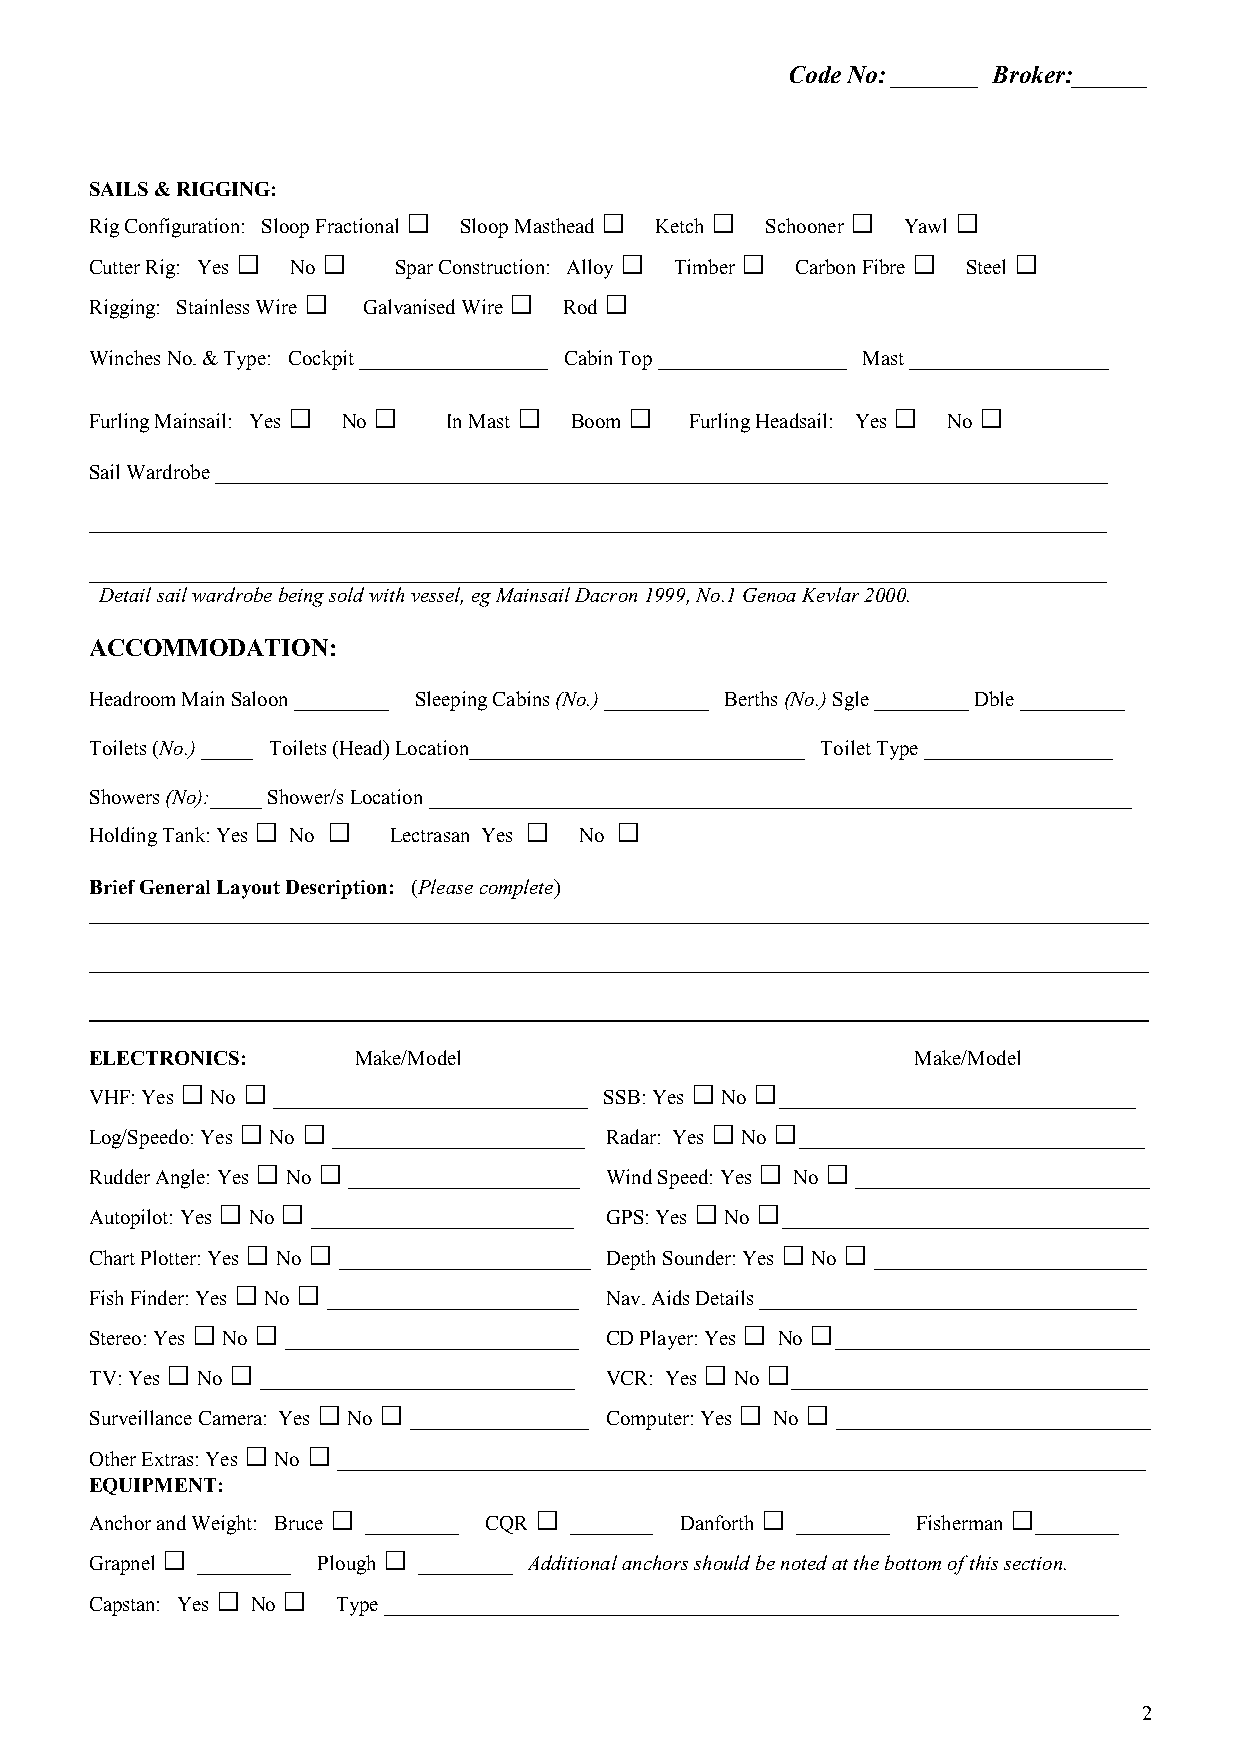
Code No: _______ Broker:______
 SAILS & RIGGING:
 Rig Configuration: Sloop Fractional □ Sloop Masthead □ Ketch □ Schooner □ Yawl □
 Cutter Rig: Yes □ No □ Spar Construction: Alloy □ Timber □ Carbon Fibre □ Steel □
 Rigging: Stainless Wire □ Galvanised Wire □ Rod □
 Winches No. & Type: Cockpit __________________ Cabin Top __________________ Mast ___________________
 Furling Mainsail: Yes □ No □ In Mast □ Boom □ Furling Headsail: Yes □ No □
 Sail Wardrobe _____________________________________________________________________________________
 _________________________________________________________________________________________________
 _________________________________________________________________________________________________
 Detail sail wardrobe being sold with vessel, eg Mainsail Dacron 1999, No.1 Genoa Kevlar 2000.
 ACCOMMODATION:
 Headroom Main Saloon _________ Sleeping Cabins (No.) __________ Berths (No.) Sgle _________ Dble __________
 Toilets (No.) _____ Toilets (Head) Location________________________________ Toilet Type __________________
 Showers (No):_____ Shower/s Location ___________________________________________________________________
 Holding Tank: Yes □ No □ Lectrasan Yes □ No □
 Brief General Layout Description: (Please complete)
 _____________________________________________________________________________________________________
 _____________________________________________________________________________________________________
 _____________________________________________________________________________________________________
 ELECTRONICS:     Make/Model                            Make/Model
 VHF: Yes □ No □ ______________________________ SSB: Yes □ No □__________________________________
 Log/Speedo: Yes □ No □ ________________________ Radar: Yes □ No □_________________________________
 Rudder Angle: Yes □ No □ ______________________ Wind Speed: Yes □ No □ ____________________________
 Autopilot: Yes □ No □ _________________________ GPS: Yes □ No □___________________________________
 Chart Plotter: Yes □ No □ ________________________ Depth Sounder: Yes □ No □ __________________________
 Fish Finder: Yes □ No □ ________________________ Nav. Aids Details ____________________________________
 Stereo: Yes □ No □ ____________________________ CD Player: Yes □ No □______________________________
 TV: Yes □ No □ ______________________________ VCR: Yes □ No □__________________________________
 Surveillance Camera: Yes □ No □ _________________ Computer: Yes □ No □ ______________________________
 Other Extras: Yes □ No □ _____________________________________________________________________________
 EQUIPMENT:
 Anchor and Weight: Bruce □ _________ CQR □ ________ Danforth □ _________ Fisherman □________
 Grapnel □ _________ Plough □ _________ Additional anchors should be noted at the bottom of this section.
 Capstan: Yes □ No □ Type ______________________________________________________________________
 2